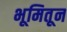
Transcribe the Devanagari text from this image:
भूमितून